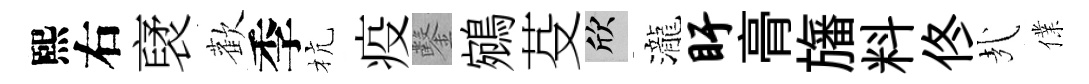
熙右裦歡季杭疫鑿鵷芟欣瀧盱𮌔旛料佟㢤㒒